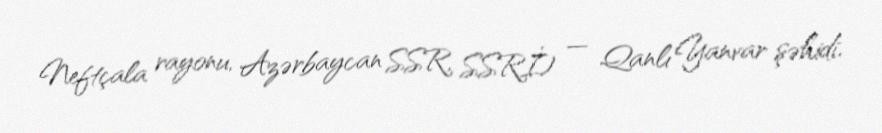
Neftçala rayonu, Azərbaycan SSR, SSRİ) — Qanlı Yanvar şəhidi.